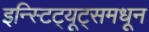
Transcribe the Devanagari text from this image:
इन्स्टिट्यूट्समधून